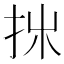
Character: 𢪹